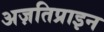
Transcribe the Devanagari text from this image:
अज़तिप्राइन